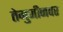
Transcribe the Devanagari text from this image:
तेमुजीनवर